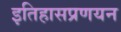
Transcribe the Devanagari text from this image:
इतिहासप्रणयन